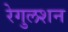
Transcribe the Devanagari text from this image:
रेगुलशन